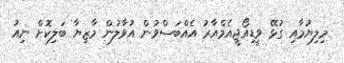
މިލިޔުމާއި ގުޅޭ ވީޑިއޯޖީއެމްއާރު އެއްބަސްވުން އުވާލުން މާޒިޔާ ބަލިކޮށް ނިއު